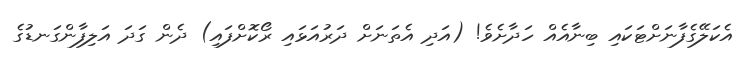
އެކަލޭގެފާނަށްޓަކައި ބިނާއެއް ހަދާށެވެ! (އަދި އެތަނަށް ދަރުއަޅައި ރޯކޮށްފައި) ދެން ގަދަ އަލިފާންގަނޑުގެ